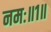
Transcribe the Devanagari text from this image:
नमः॥१॥